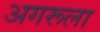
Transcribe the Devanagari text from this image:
अगरूला